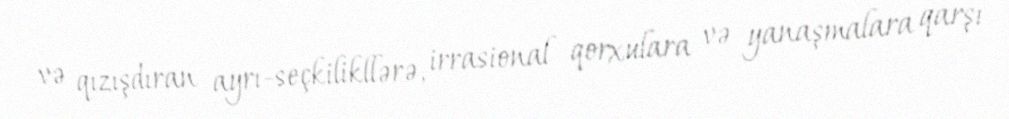
və qızışdıran ayrı-seçkilikllərə, irrasional qorxulara və yanaşmalara qarşı